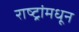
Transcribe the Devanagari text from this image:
राष्ट्रांमधून